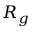
R _ { g }